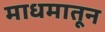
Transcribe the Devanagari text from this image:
माधमातून